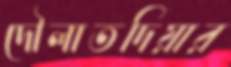
দৌলাতদিয়ার